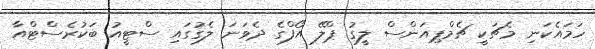
ހަމައެކަނި މެޗަކީ ޗެމްޕިއަންސް ލީގު ޕްލޭ އޯފްގެ ދެވަނަ ލެގުގައި ސްޓީއު ބަކުރެސްޓްއާ